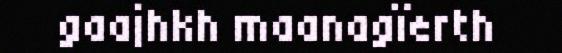
gaajhkh maanagïerth